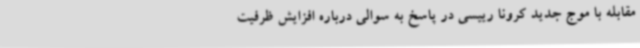
مقابله با موج جدید کرونا رییسی در پاسخ به سوالی درباره افزایش ظرفیت